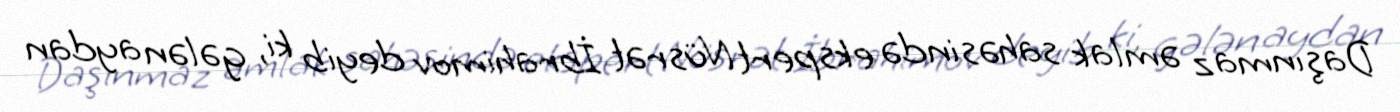
Daşınmaz əmlak sahəsində ekspert Nüsrət İbrahimov deyib ki, gələn aydan